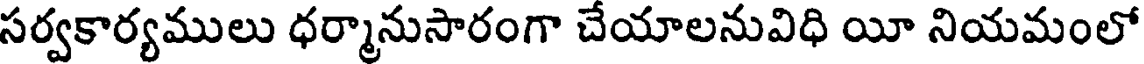
సర్వకార్యములు ధర్మానుసారంగా చేయాలనువిధి యీ నియమంలో